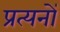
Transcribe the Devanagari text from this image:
प्रत्यनों